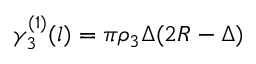
\gamma _ { 3 } ^ { ( 1 ) } ( l ) = \pi { \rho _ { 3 } } \Delta ( 2 R - \Delta )